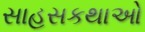
સાહસકથાઓ